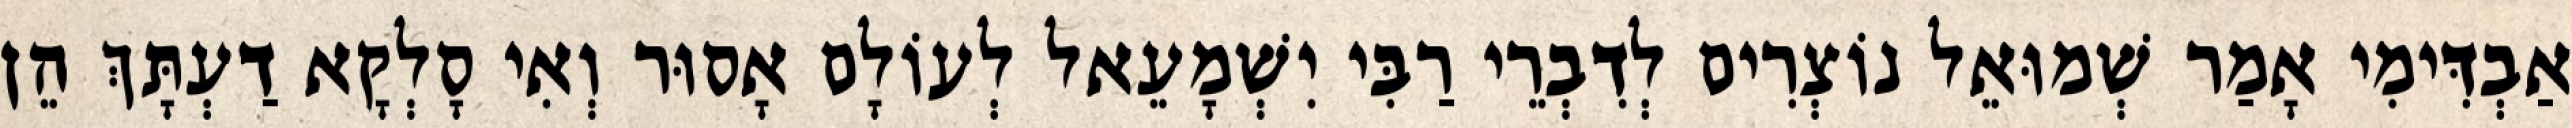
אַבְדִּימִי אָמַר שְׁמוּאֵל נוֹצְרִים לְדִבְרֵי רַבִּי יִשְׁמָעֵאל לְעוֹלָם אָסוּר וְאִי סָלְקָא דַעְתָּךְ הֵן